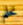
نحلم